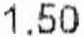
1.50